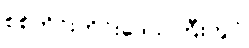
စစ်ကိုင်းတိုင်းဒေသကြီးတွင်